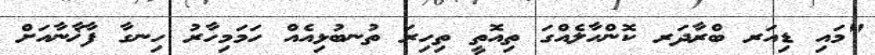
"މައި ޑިއަރ ބްރާދަރ ކޮންހާލެއްގަ ތިއޮތީ ތިހިރަ ތުނބުޅިއެއް ހަމަމިހާރު ހިނގާ ފާޚާނާއަށް